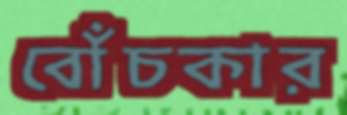
বোঁচকার